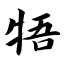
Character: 牾